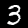
Digit: 3